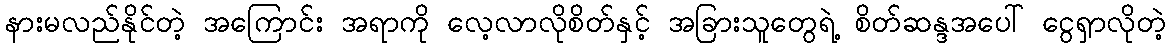
နားမလည်နိုင်တဲ့ အကြောင်း အရာကို လေ့လာလိုစိတ်နှင့် အခြားသူတွေရဲ့ စိတ်ဆန္ဒအပေါ် ငွေရှာလိုတဲ့